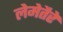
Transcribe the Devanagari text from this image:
लेमेतैरे